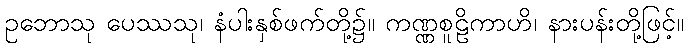
ဥဘောသု ပေဿသု၊ နံပါးနှစ်ဖက်တို့၌။ ကဏ္ဏစူဠိကာဟိ၊ နားပန်းတို့ဖြင့်။